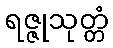
ရဇ္ဇုသုတ္တံ